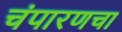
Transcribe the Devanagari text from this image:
चंपारणचा